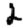
Digit: 2